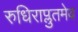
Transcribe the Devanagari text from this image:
रुधिराप्लुतमेव